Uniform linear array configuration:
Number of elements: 32
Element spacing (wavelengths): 1
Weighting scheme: binomial
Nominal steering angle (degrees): -15
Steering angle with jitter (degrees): -14.243
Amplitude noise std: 0.05
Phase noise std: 0.05

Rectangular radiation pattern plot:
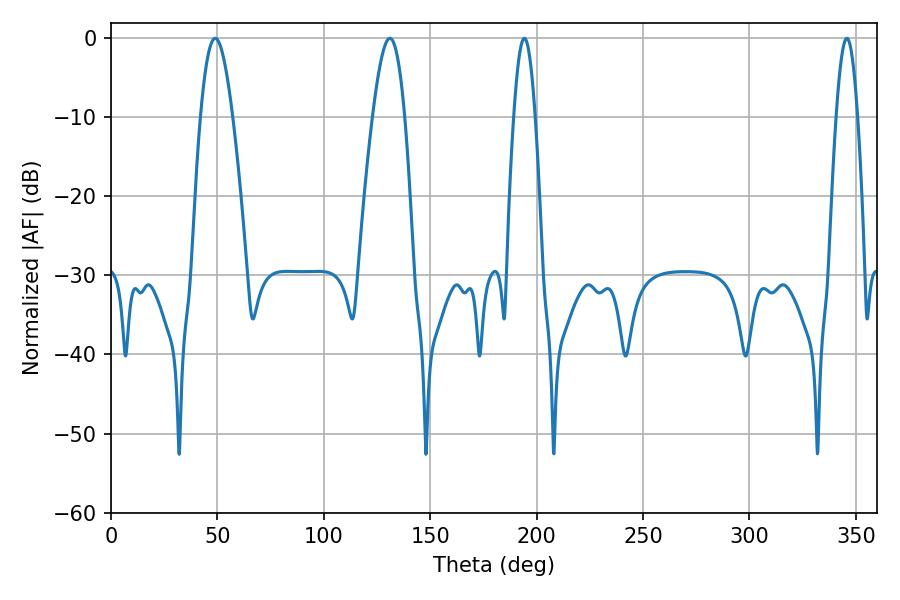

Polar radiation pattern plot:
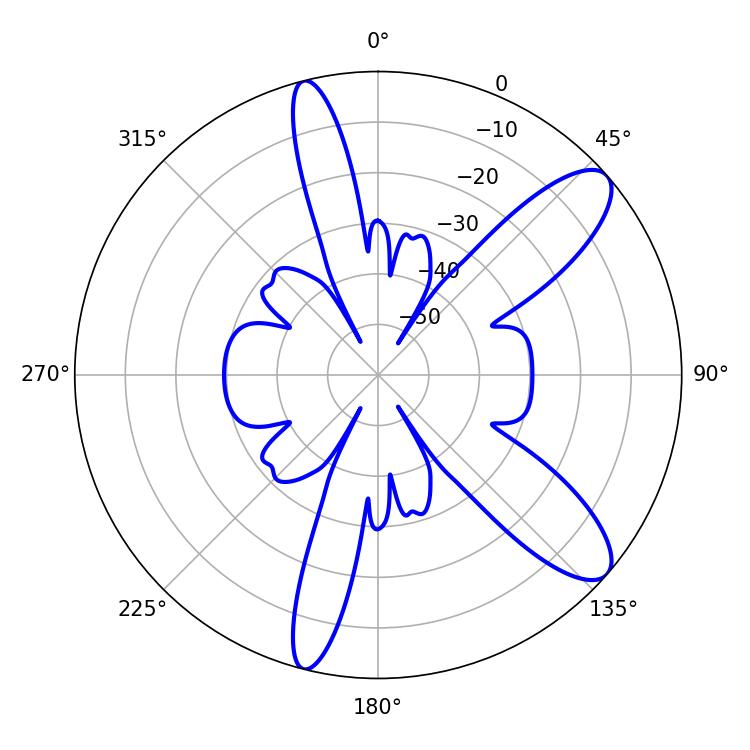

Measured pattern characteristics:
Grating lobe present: TRUE
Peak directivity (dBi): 10.382
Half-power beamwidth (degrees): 8.28
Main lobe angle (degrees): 48.96